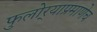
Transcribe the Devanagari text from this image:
फुलोर्‍याप्रमाणेच